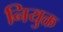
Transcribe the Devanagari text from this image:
नियुक्त